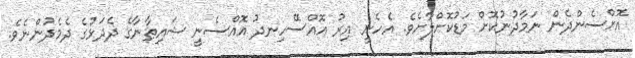
އޮށްސެންދެން ނަމާދުނުކޮށް މަޑުކޮށްލާށެވެ. އެހެނީ އިރު އޮއްސޭހިނދު އޮއްސެނީ ޝައިޠާނާގެ ދެދަޅުގެ ދެމެދުންނެވެ.